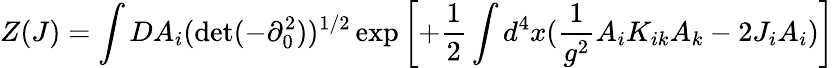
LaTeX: Z(J)=\int DA_{i}(\operatorname*{det}(-\partial_{0}^{2}))^{1/2}\exp\left[+\frac{1}{2}\int d^{4}x(\frac{1}{g^{2}}A_{i}K_{ik}A_{k}-2J_{i}A_{i})\right]